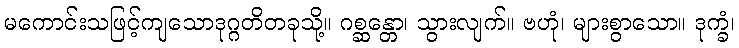
မကောင်းသဖြင့်ကျသောဒုဂ္ဂတိတခုသို့။ ဂစ္ဆန္တော၊ သွားလျက်။ ဗဟုံ၊ များစွာသော။ ဒုက္ခံ၊